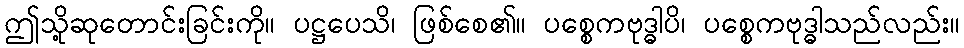
ဤသို့ဆုတောင်းခြင်းကို။ ပဋ္ဌပေသိ၊ ဖြစ်စေ၏။ ပစ္စေကဗုဒ္ဓါပိ၊ ပစ္စေကဗုဒ္ဓါသည်လည်း။